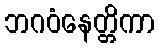
ဘဂဝံနေတ္တိကာ